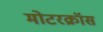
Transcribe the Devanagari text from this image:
मोटरक्रॉस